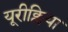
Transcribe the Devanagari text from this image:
यूरीक्लिया